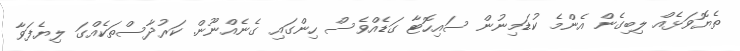
ތެޔޮވަޅެއް ލިބިގެން އެންމެ ކުޑަމިނުން ސައިހޮޓާ ގަޑެއްވެސް ހިންގައި ގެނެއްނޫން. ކަރުދާސްތަކެއްގަ ލިޔެފަވާ